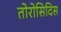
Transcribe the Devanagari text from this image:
तोरोसिदिस